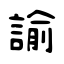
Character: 諭